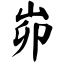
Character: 峁